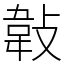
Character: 𢾁